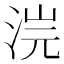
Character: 𣵘